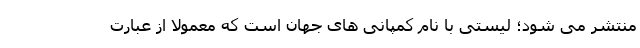
منتشر می شود؛ لیستی با نام کمپانی های جهان است که معمولا از عبارت